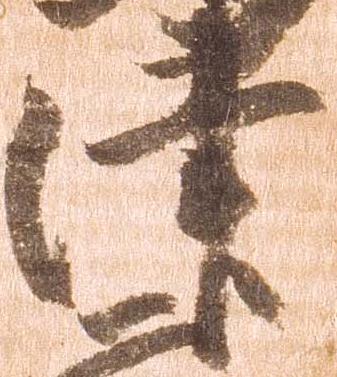
津